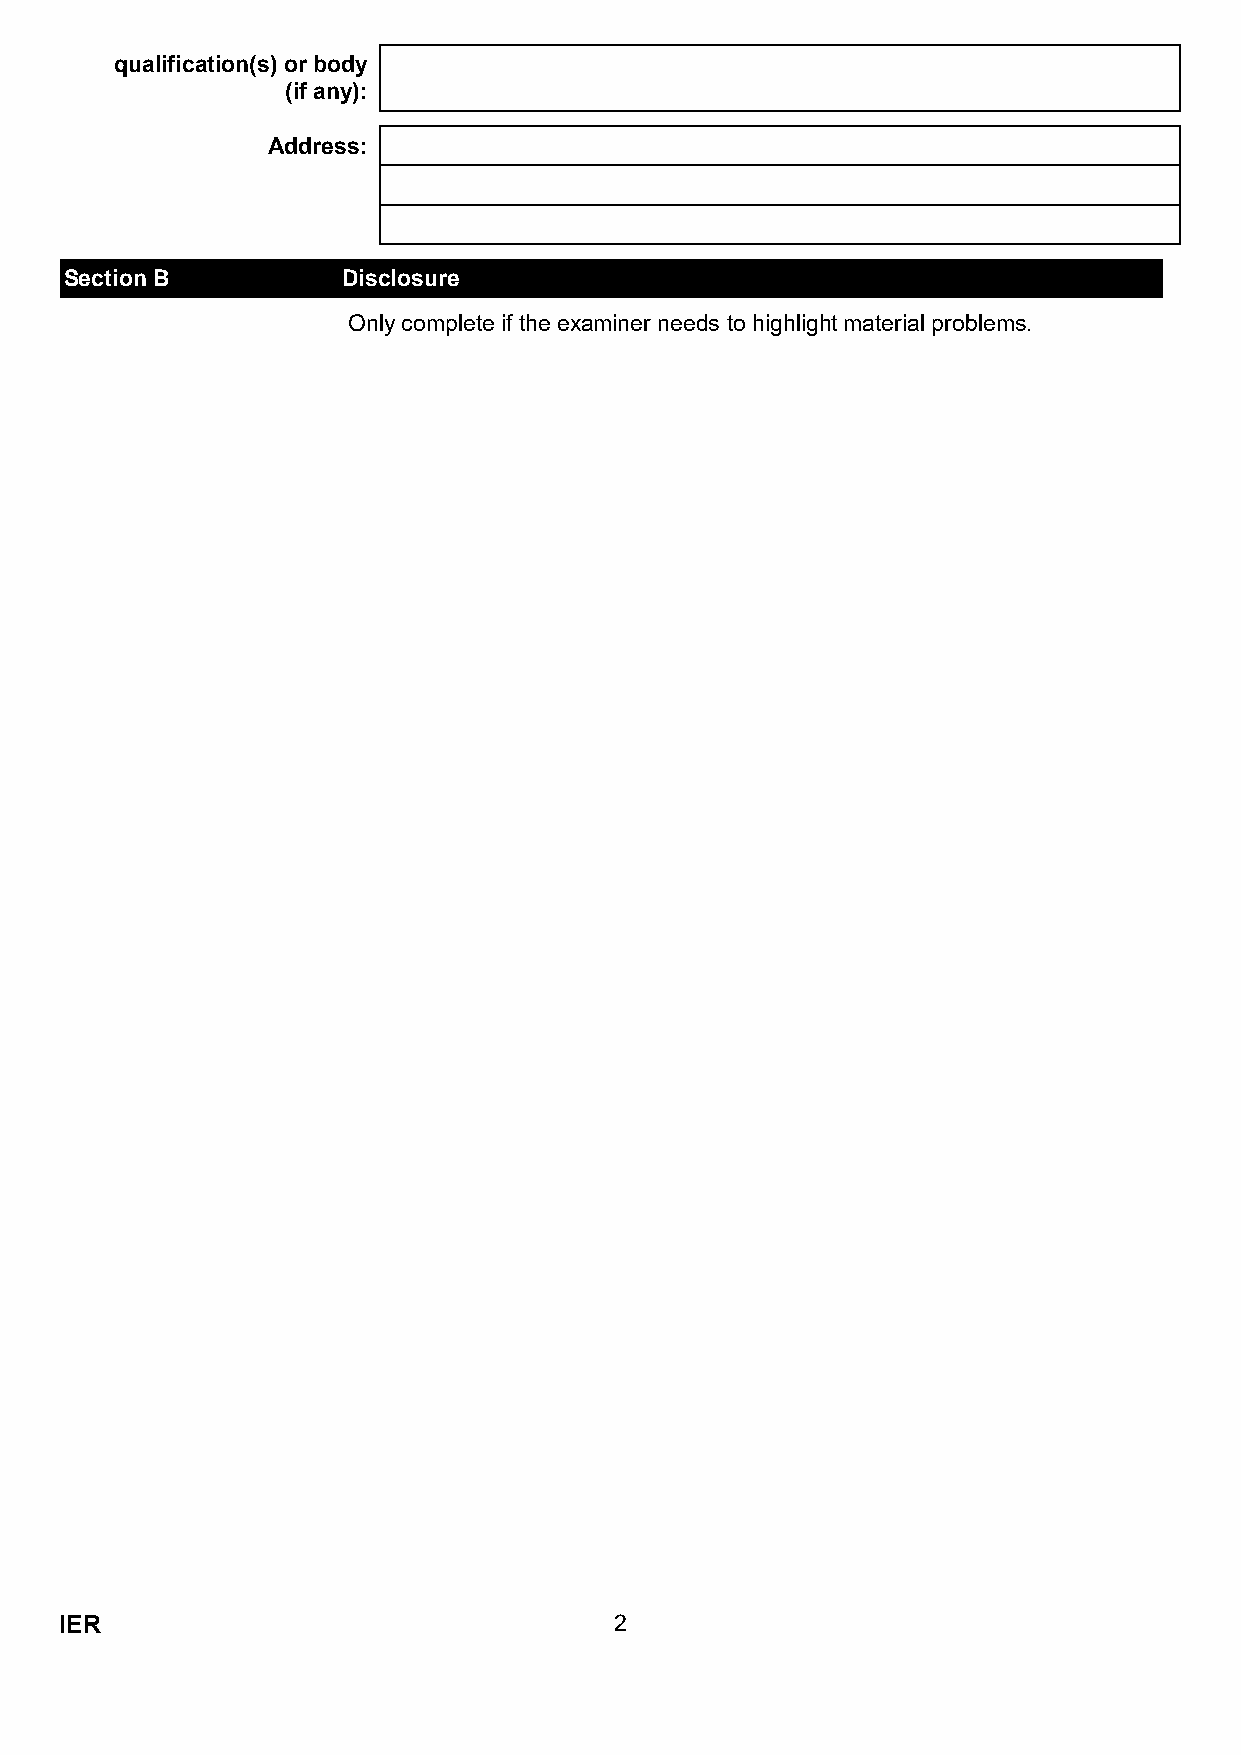
qualification(s) or body
 (if any):
 Address:
 Section B          Disclosure
 Only complete if the examiner needs to highlight material problems.
 IER                                  2